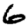
Digit: 6